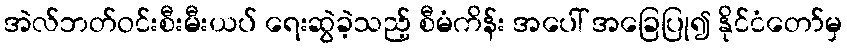
အဲလ်ဘတ်ဝင်းစီးမီးယပ် ရေးဆွဲခဲ့သည့် စီမံကိန်း အပေါ် အခြေပြု၍ နိုင်ငံတော်မှ